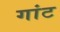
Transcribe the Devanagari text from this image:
गांट